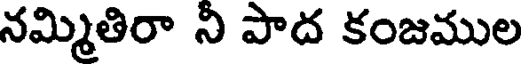
నమ్మితిరా ని పాద కంజముల